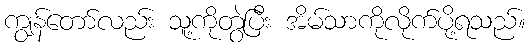
ကျွန်တော်လည်း သူ့ကိုတွဲပြီး အိမ်သာကိုလိုက်ပို့ရသည်။